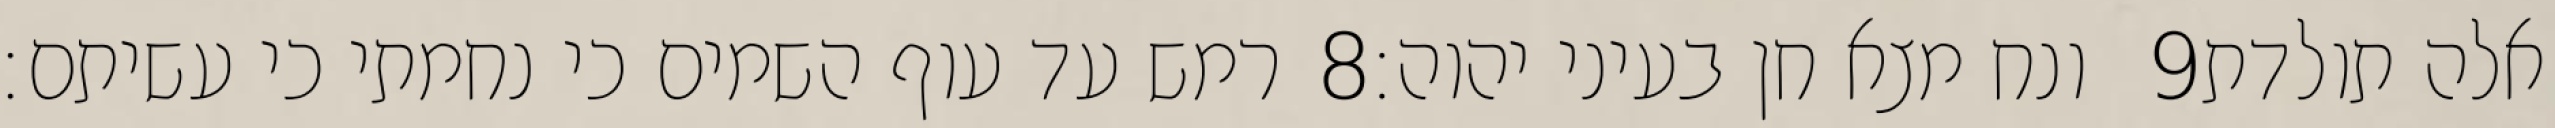
רמש עד עוף השמים כי נחמתי כי עשיתם׃ ‎8‏ ונח מצא חן בעיני יהוה׃ ‎9‏ אלה תולדת